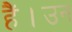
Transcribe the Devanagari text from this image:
हैं।उन